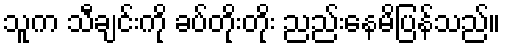
သူက သီချင်းကို ခပ်တိုးတိုး ညည်းနေမိပြန်သည်။